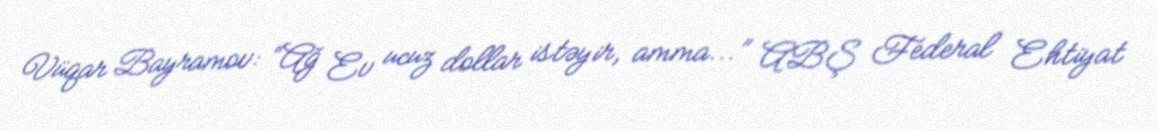
Vüqar Bayramov: “Ağ Ev ucuz dollar istəyir, amma...” ABŞ Federal Ehtiyat